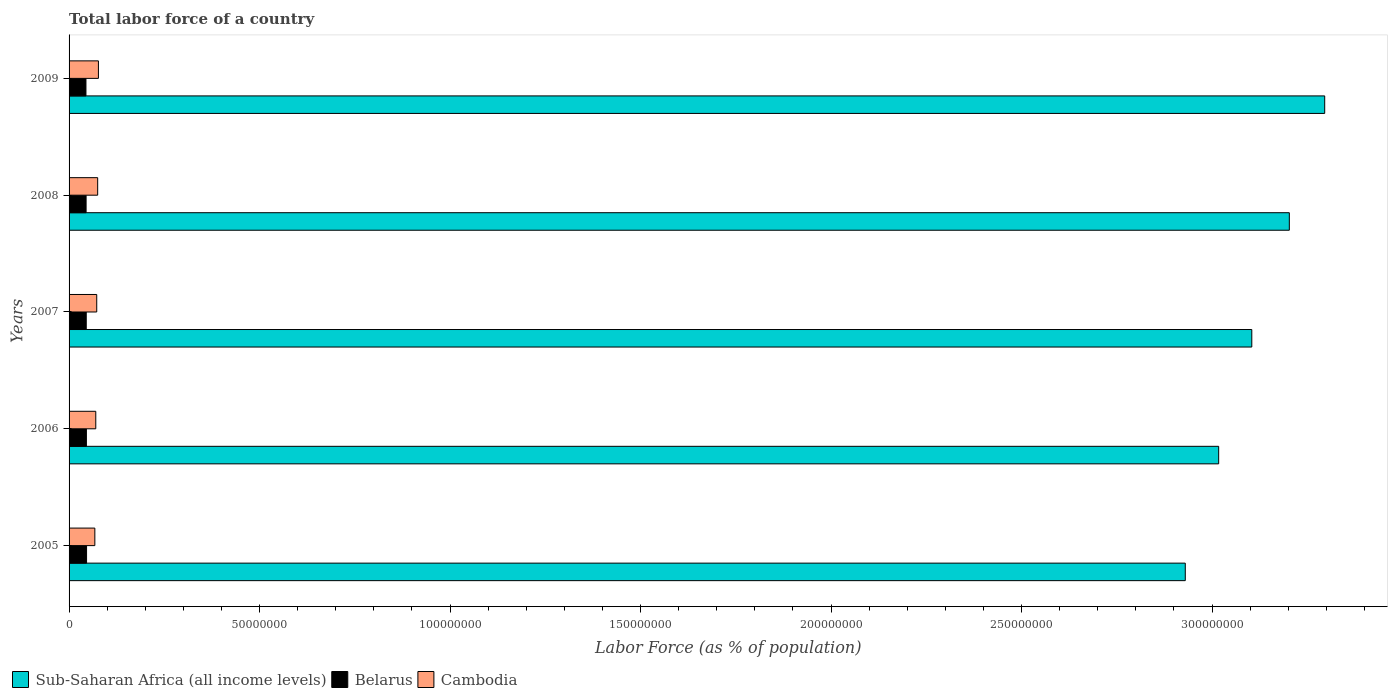
| Years | Sub-Saharan Africa (all income levels) | Belarus | Cambodia |
 | --- | --- | --- | --- |
 | 2005 | 2.93e+08 | 4.59e+06 | 6.76e+06 |
 | 2006 | 3.02e+08 | 4.55e+06 | 7.01e+06 |
 | 2007 | 3.1e+08 | 4.51e+06 | 7.26e+06 |
 | 2008 | 3.2e+08 | 4.47e+06 | 7.5e+06 |
 | 2009 | 3.3e+08 | 4.43e+06 | 7.7e+06 |